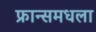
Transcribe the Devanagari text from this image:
फ्रान्समधला